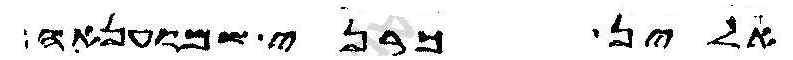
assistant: אלין כרני שמעונאה